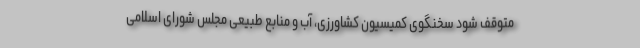
متوقف ‌شود سخنگوی کمیسیون کشاورزی، آب و منابع طبیعی مجلس شورای اسلامی